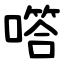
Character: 㗳